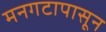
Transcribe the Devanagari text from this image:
मनगटापासून